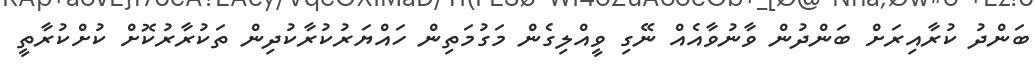
ބަންދު ކުރާއިރަށް ބަންދުން ވާނުވާއެއް ނޭގި ވީއްލިގެން މަގުމަތިން ހައްޔަރުކުރާކުދިން ތަކުރާރުކޮށް ކުށްކުރާތީ